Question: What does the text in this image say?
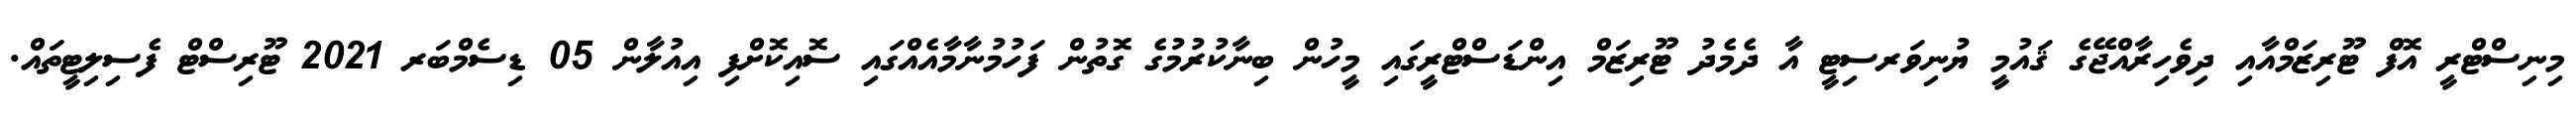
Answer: މިނިސްޓްރީ އޮފް ޓޫރިޒަމްއާއި ދިވެހިރާއްޖޭގެ ޤައުމީ ޔުނިވަރސިޓީ އާ ދެމެދު ޓޫރިޒަމް އިންޑަސްޓްރީގައި މީހުން ބިނާކުރުމުގެ ގޮތުން ފަހުމުނާމާއެއްގައި ސޮއިކޮށްފި އިއުލާން 05 ޑިސެމްބަރ 2021 ޓޫރިސްޓް ފެސިލިޓީތައް.